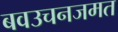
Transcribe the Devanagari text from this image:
बवउचनजमत